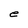
Character: e